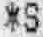
*S